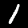
Digit: 1